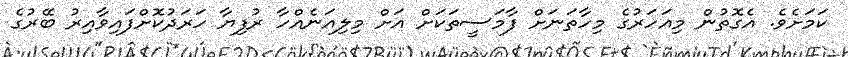
ކަމަށެވެ. އެގޮތުން މިއަހަރުގެ މިހާތަނަށް ފާމަސީތަކަށް އަށް މިލިއަނެއްހާ ރުފިޔާ ހަރަދުކޮށްފައިވާއިރު ބޭރުގެ